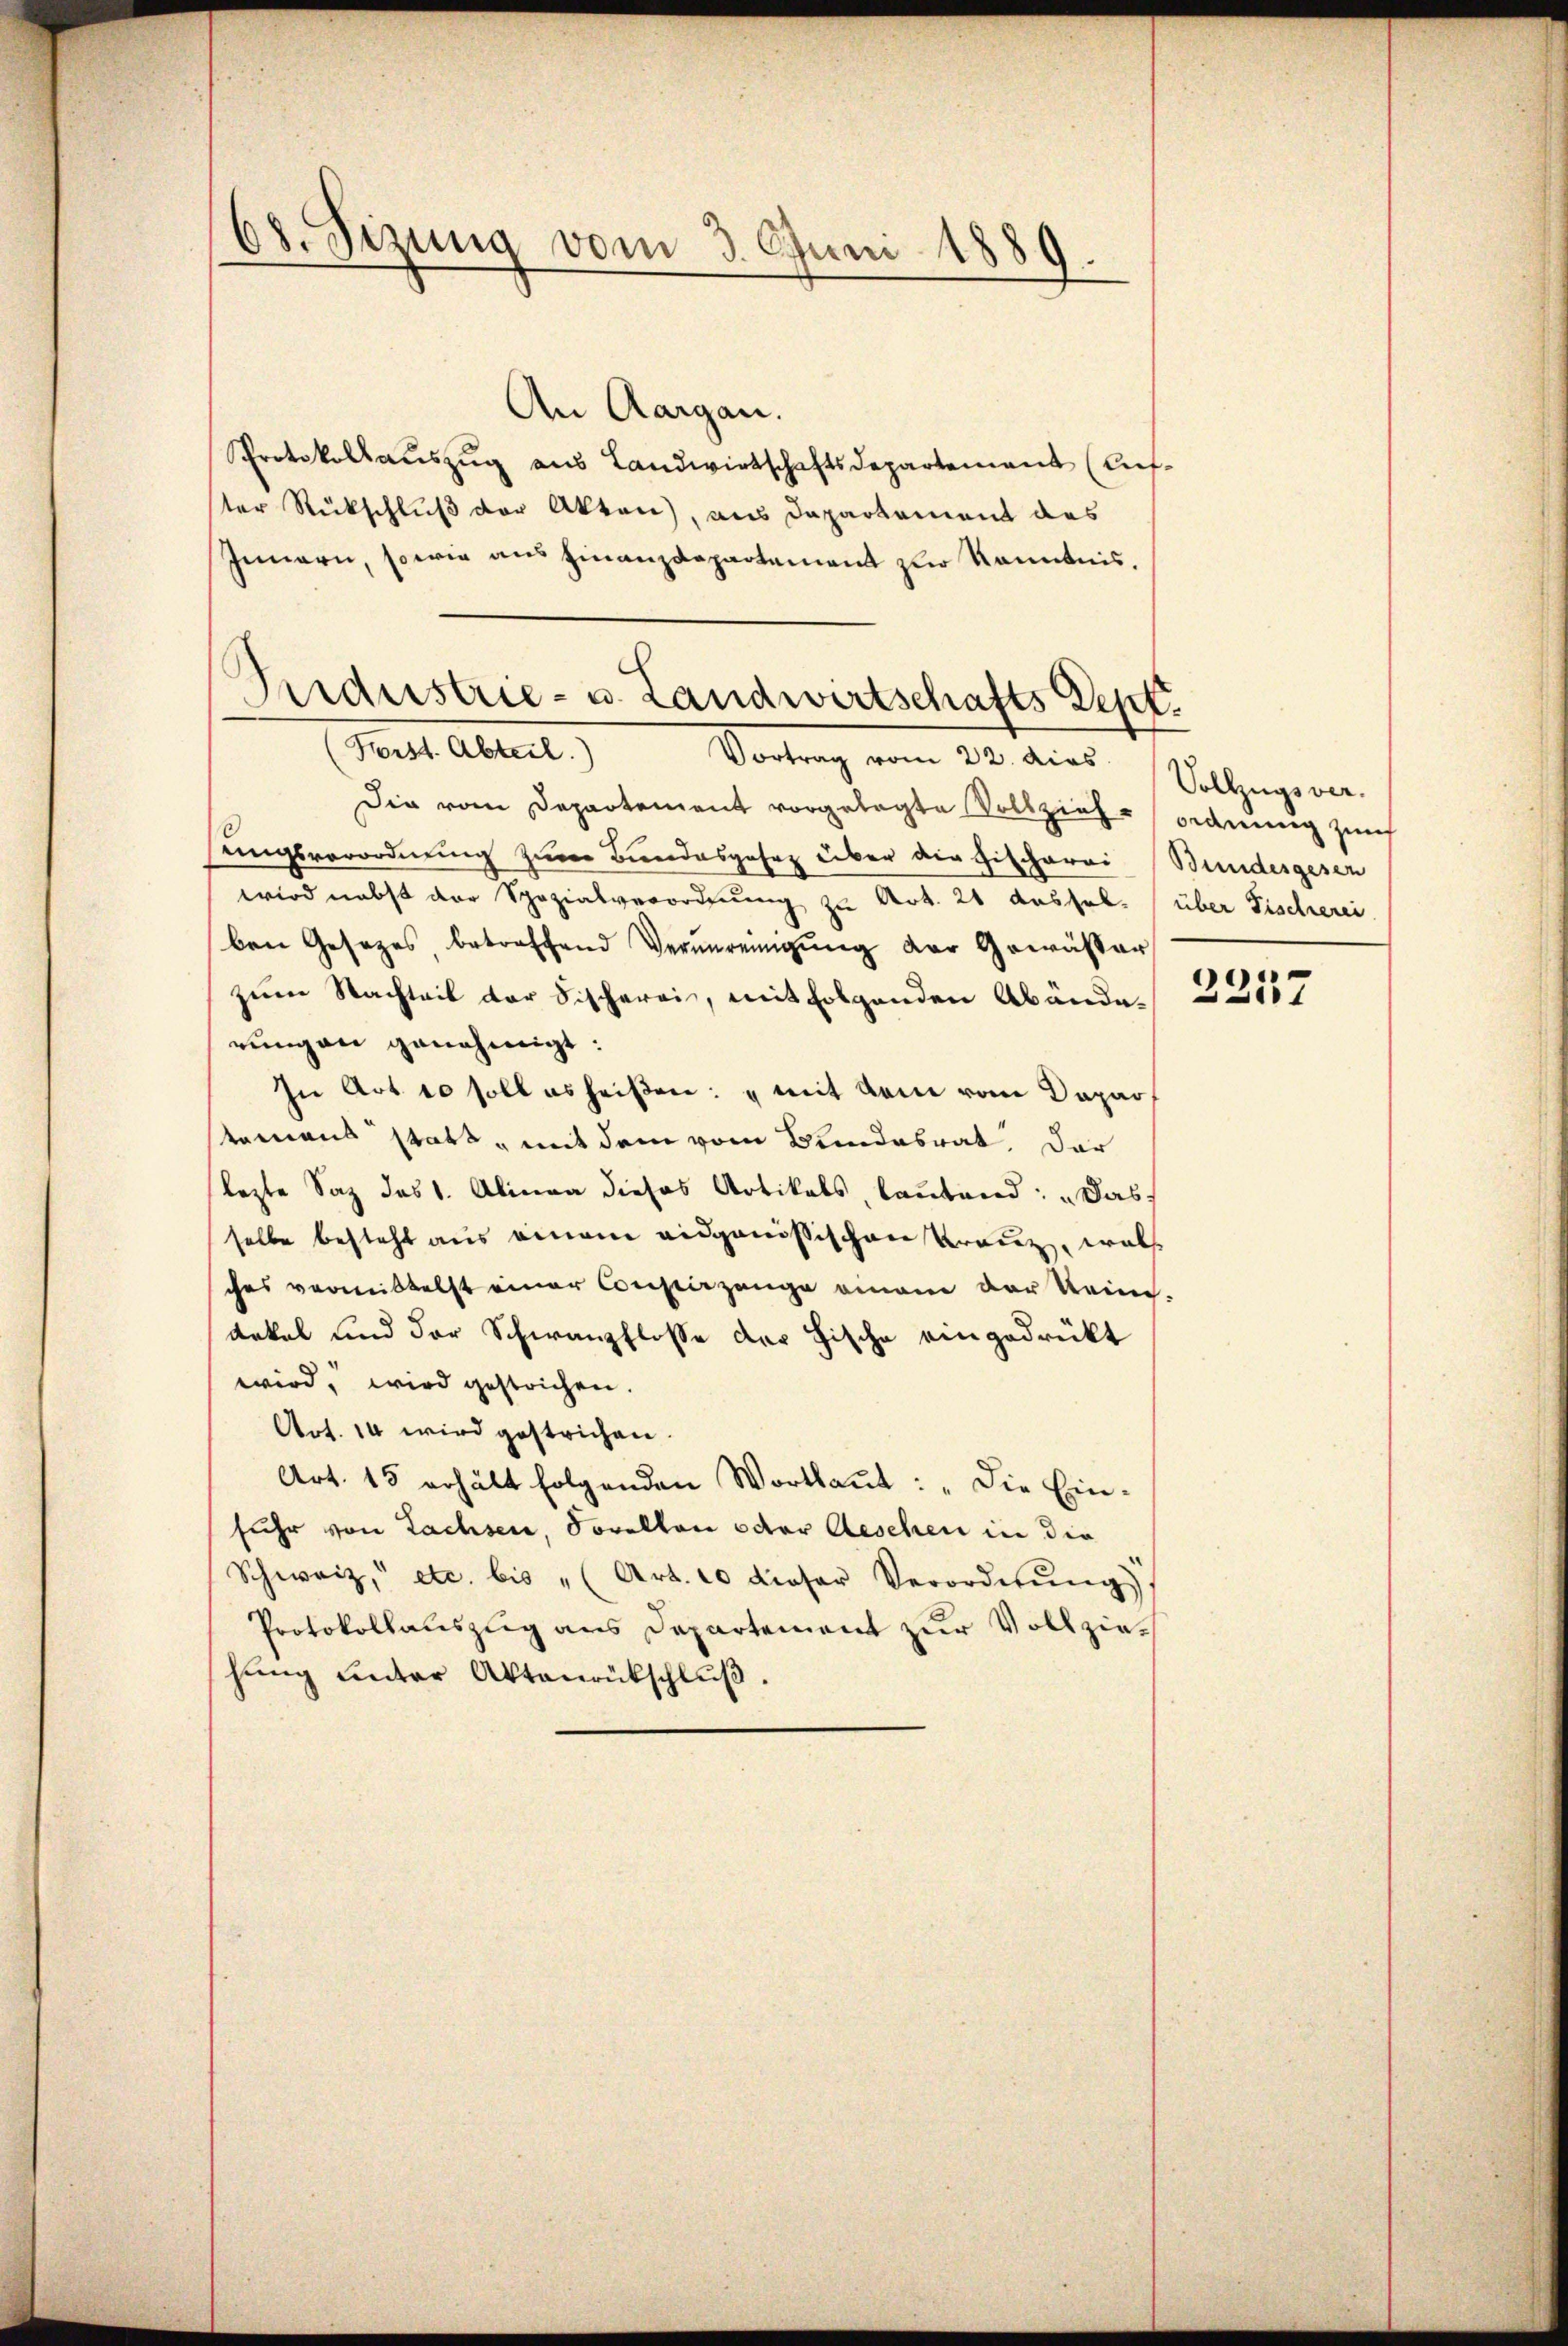
68. Sizung vom 3. Juni 1889.

An Aargau.
Protokollaŭszŭg ans Landwirtschaftsdepartement (Auf-
ster Rückschluß der Akten), aus Departement das
Innern, sowie aus Finanzdepartement zur Kenntnis.
(Forst. Abteil)
Vortrag vom 22. dies Vollzugs ver-
Die vom Departement vorgelegte Vollzieh- ordnung zur
ungsverordnung zum Bundesgahrz über die Fischerei Bundesgesen
wird nebst der Spezialverordnung zu Art. 21 dassel. (über Fischerei
ben Gesetzes, betreffend Verŭnreinigŭng der Gewässer
zum Nachteit der Fischerei, mit folgenden Abänderungen genehmigt:
In Art 10 soll es heißen: „mit dem vom Departemens statt, mit dem vom Bundesrat. Dar
lezte Satz des 1. Alinea dieses Artikels, lautend: „Das
selbe besteht aus einem eidgenößischen Kranz, wels
ches vermittelst einer Coustizange einem der keine.
dokal und der Schwanzflosse der Fische eingedrückt
wird, wird gestrichen.
Art. 14 wird gestrichen.
Art. 15 erhält folgenden Wortkaṅt: „Die Ein-
fuhr von Lachsen, Sorellen oder Aeschen in die
Schweiz, etc. bis " (Art. 10 dieser Verordnŭng
Protokollauszug aus Departement zur Vollziehung unter Aktenrückschluß.

Perdustrie- u. Landwirtschafts Sept.

e

1